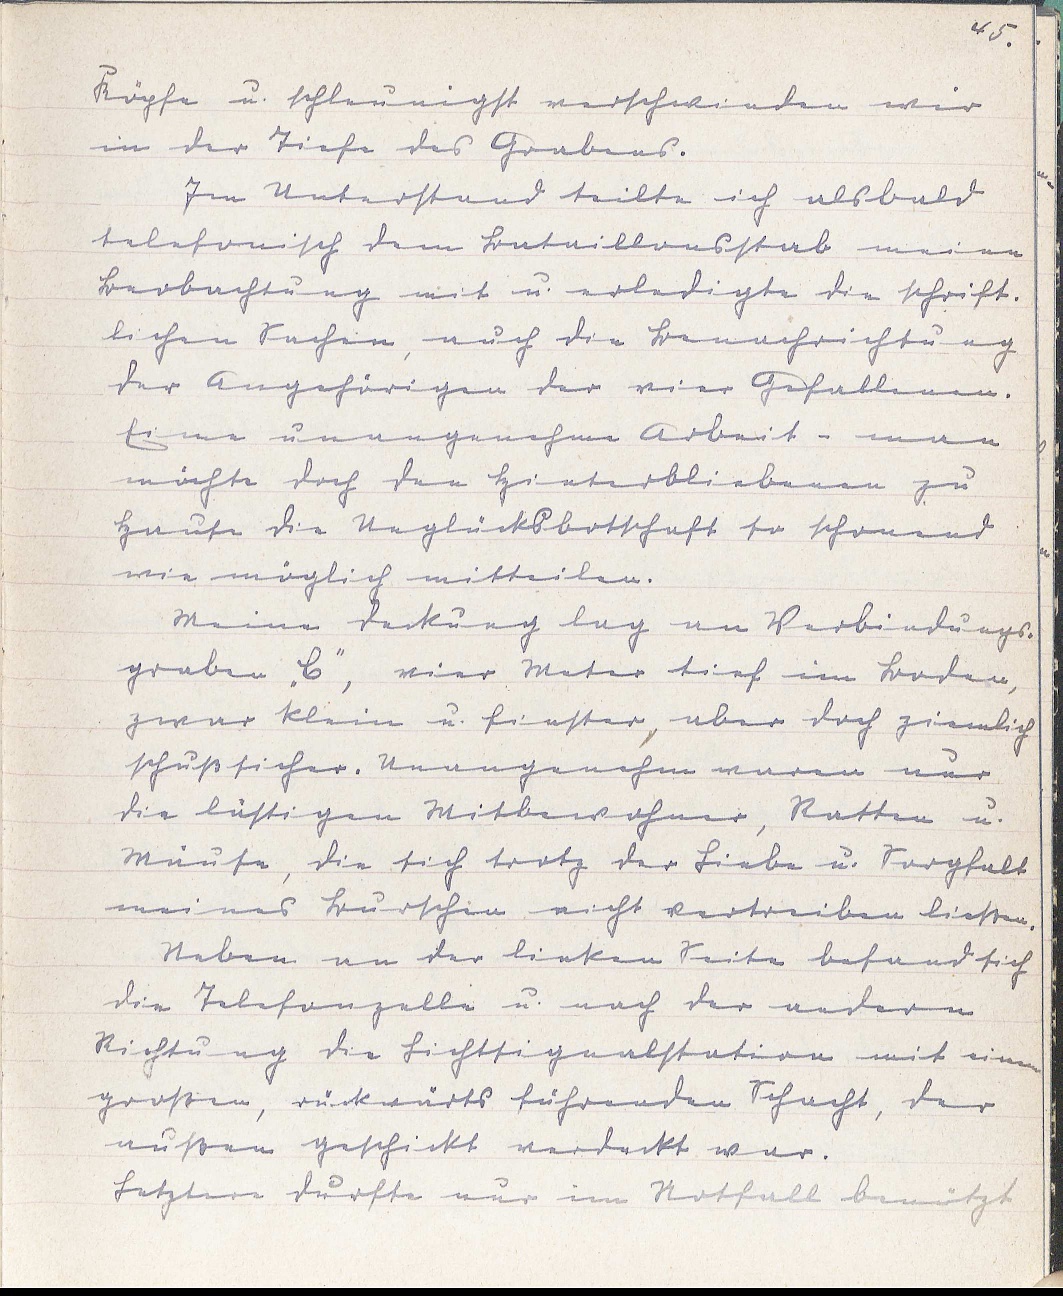
45.
Köpfe u. schleunigst verschwinden wir
in der Tiefe des Grabens.
Im Unterstand teilte ich alsbald
telefonisch dem Bataillonsstab meine
Beobachtung mit u. erledigte die schrift¬
lichen Sachen, auch die Benachrichtung
der Angehörigen der vier Gefallenen.
Eine unangenehme Arbeit - man
möchte doch den Hinterbliebenen zu
Hause die Unglücksbotschaft so schonend
wie möglich mitteilen.
Meine Deckung lag an Verbindungs¬
graben "C", vier Meter tief im Boden,
zwar klein u. finster, aber doch ziemlich
schußsicher. Unangenehm waren nur
die lustigen Mitbewohner, Ratten u.
Mäuse, die sich trotz der Liebe u. Sorgfalt
meines Burschen nicht vertreiben ließen.
Neben an der linken Seite befand sich
die Telefonzelle u. nach der andern
Richtung die Lichtsignalstation mit einem
großen, rückwärts führenden Schacht, der
außen geschickt verdeckt war.
Letztere durfte nur im Notfall benützt